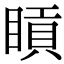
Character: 𥈿